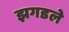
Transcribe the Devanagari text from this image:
झगडले